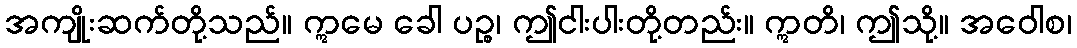
အကျိုးဆက်တို့သည်။ ဣမေ ခေါ ပဉ္စ၊ ဤငါးပါးတို့တည်း။ ဣတိ၊ ဤသို့။ အဝေါစ၊